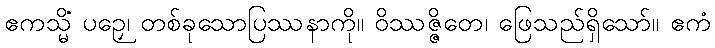
ဧကသ္မိံ ပဉှေ၊ တစ်ခုသောပြဿနာကို။ ဝိဿဇ္ဇိတေ၊ ဖြေသည်ရှိသော်။ ဧကံ